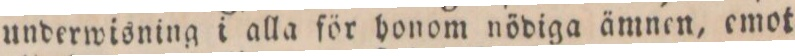
underwisning i alla för honom nödiga ämnen, emot